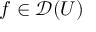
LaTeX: f \in { \mathcal { D } } ( U )